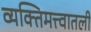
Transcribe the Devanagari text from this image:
व्यक्तिमत्त्वातली